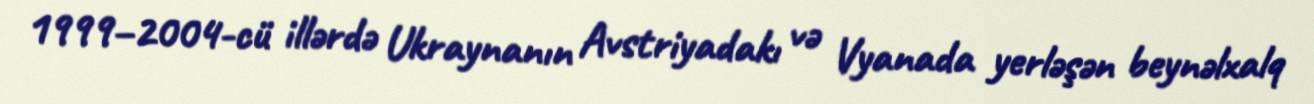
1999–2004-cü illərdə Ukraynanın Avstriyadakı və Vyanada yerləşən beynəlxalq